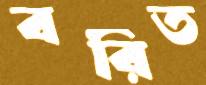
বরিত